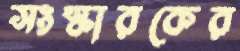
সংস্কারকের